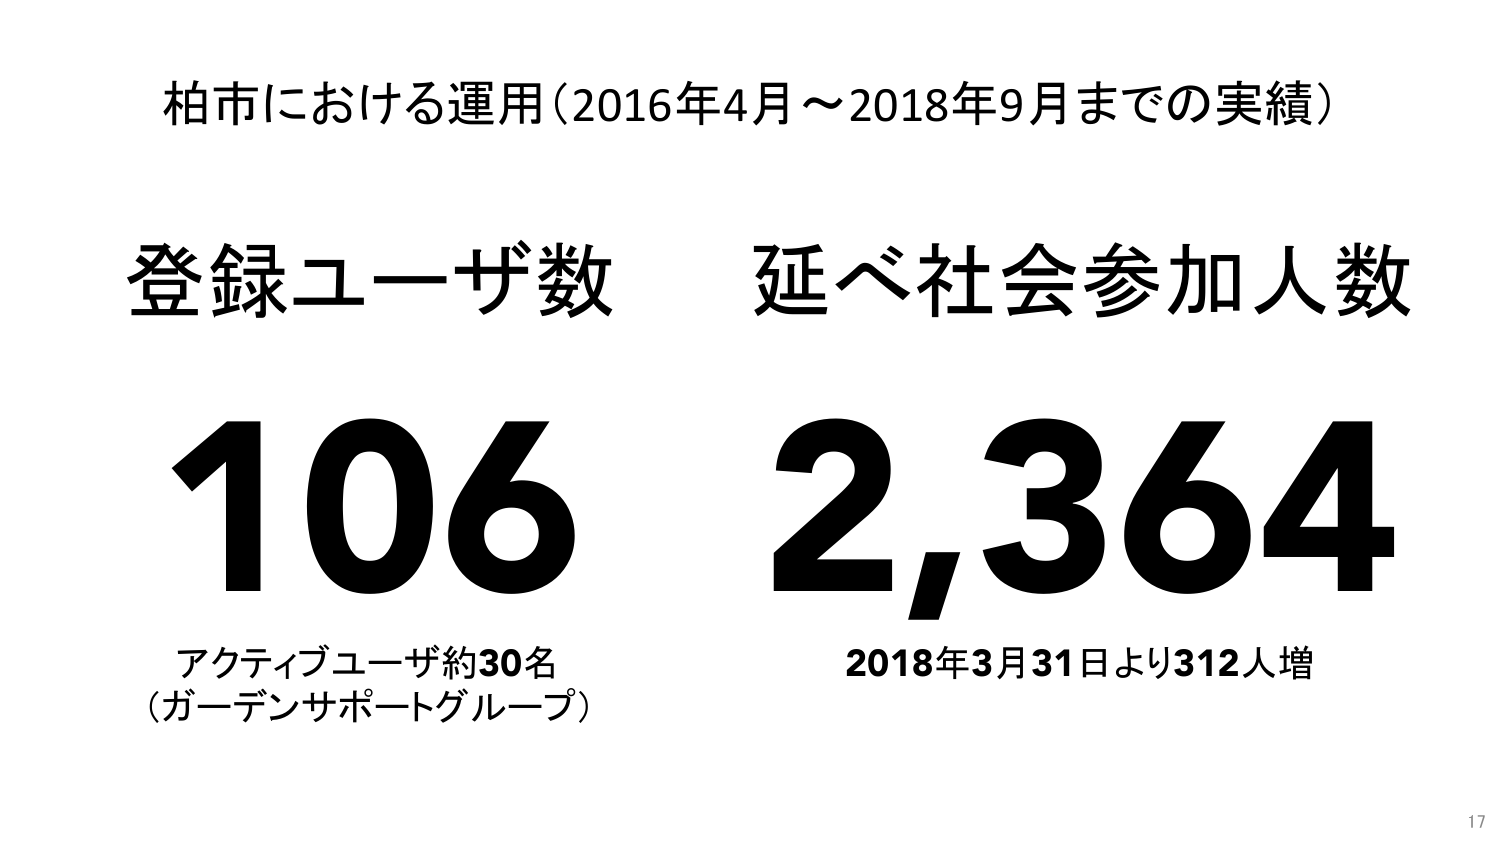
柏市における運用（2016年4月～2018年9月までの実績）

登録ユーザ数
106
アクティブユーザ約30名
（ガーデンサポートグループ）

延べ社会参加人数
2,364
2018年3月31日より312人増

17